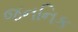
જનનિક